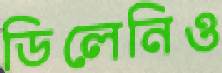
ডিলেনিও